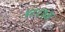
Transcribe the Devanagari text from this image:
४८८७अ